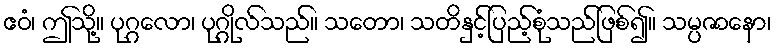
ဧဝံ၊ ဤသို့။ ပုဂ္ဂလော၊ ပုဂ္ဂိုလ်သည်။ သတော၊ သတိနှင့်ပြည့်စုံသည်ဖြစ်၍။ သမ္ပဇာနော၊